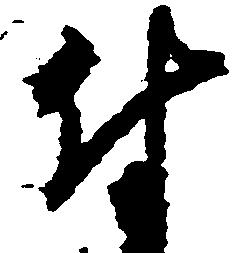
付